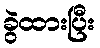
ခွဲထားပြီး